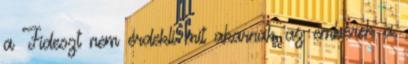
a Fideszt nem érdekli mit akarnak az emberek a